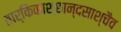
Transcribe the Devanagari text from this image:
तार्किकाश्छान्दसाश्चैव